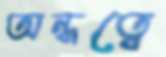
অন্ধত্বে